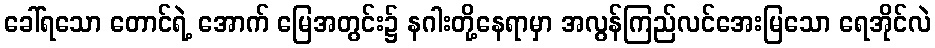
ခေါ်ရသော တောင်ရဲ့ အောက် မြေအတွင်း၌ နဂါးတို့နေရာမှာ အလွန်ကြည်လင်အေးမြသော ရေအိုင်လဲ